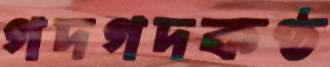
গদগদকণ্ঠ